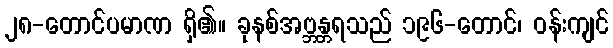
၂၈-တောင်ပမာဏ ရှိ၏။ ခုနစ်အဗ္ဘန္တရသည် ၁၉၆-တောင်၊ ဝန်းကျင်